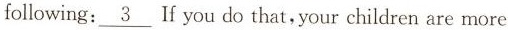
following: \underline{3} If you do that,your children are more